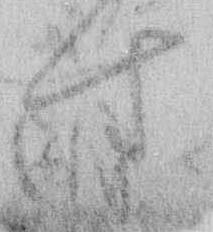
す